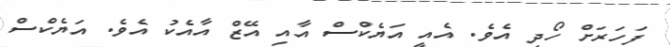
ފަހަރަށް ހޯދި އެވެ. އެއީ އަޔެކްސް އާއި އޭޒް އާއެކު އެވެ. އަޔެކްސް